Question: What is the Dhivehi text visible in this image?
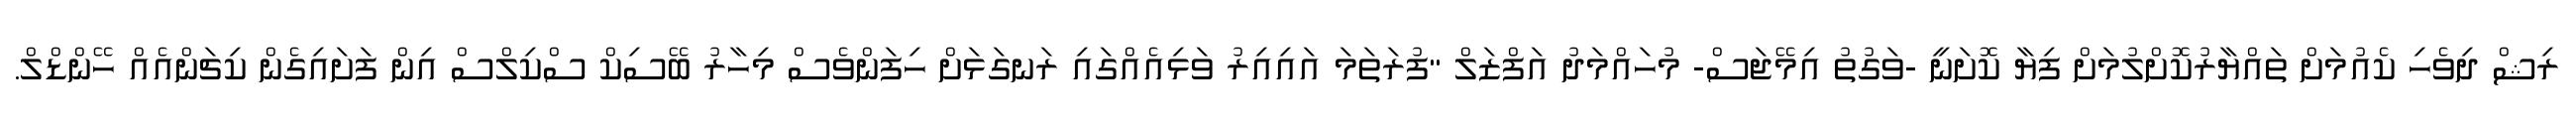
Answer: ރިޝް ދިވެހި ކެއުމަށް ތައްޔާރުކޮށްލުމަށް ފިޔާ ކޮށަނީ -ވަގުތު އިމޭޖަސް- މުހައްމަދު އަފްޒަލް "ފުރަތަމަ އައިއިރު ވަޅިއެއްގައި ރަނގަޅަށް ހިފަންވެސް މިހާރު ބޭސިކް ސްކިލްސް އިން ފަށައިގެން ކިޗަންއެއް ހޭންޑްލް.